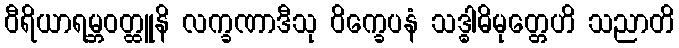
ဝီရိယာရမ္ဘဝတ္ထူနိ လက္ခဏာဒီသု ဝိက္ခေပနံ သဒ္ဓါဓိမုတ္တေဟိ သညာတိ